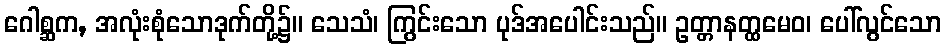
ဂေါစ္ဆက, အလုံးစုံသောဒုက်တို့၌။ သေသံ၊ ကြွင်းသော ပုဒ်အပေါင်းသည်။ ဥတ္တာနတ္ထမေဝ၊ ပေါ်လွင်သော